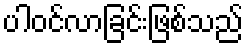
ပါဝင်လာခြင်းဖြစ်သည်